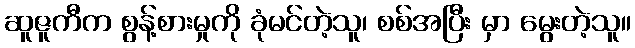
ဆူဇူကီက စွန့်စားမှုကို ခုံမင်တဲ့သူ၊ စစ်အပြီး မှာ မွေးတဲ့သူ။